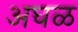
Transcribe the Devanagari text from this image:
अघळ